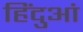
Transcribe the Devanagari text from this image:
हिंदुआं